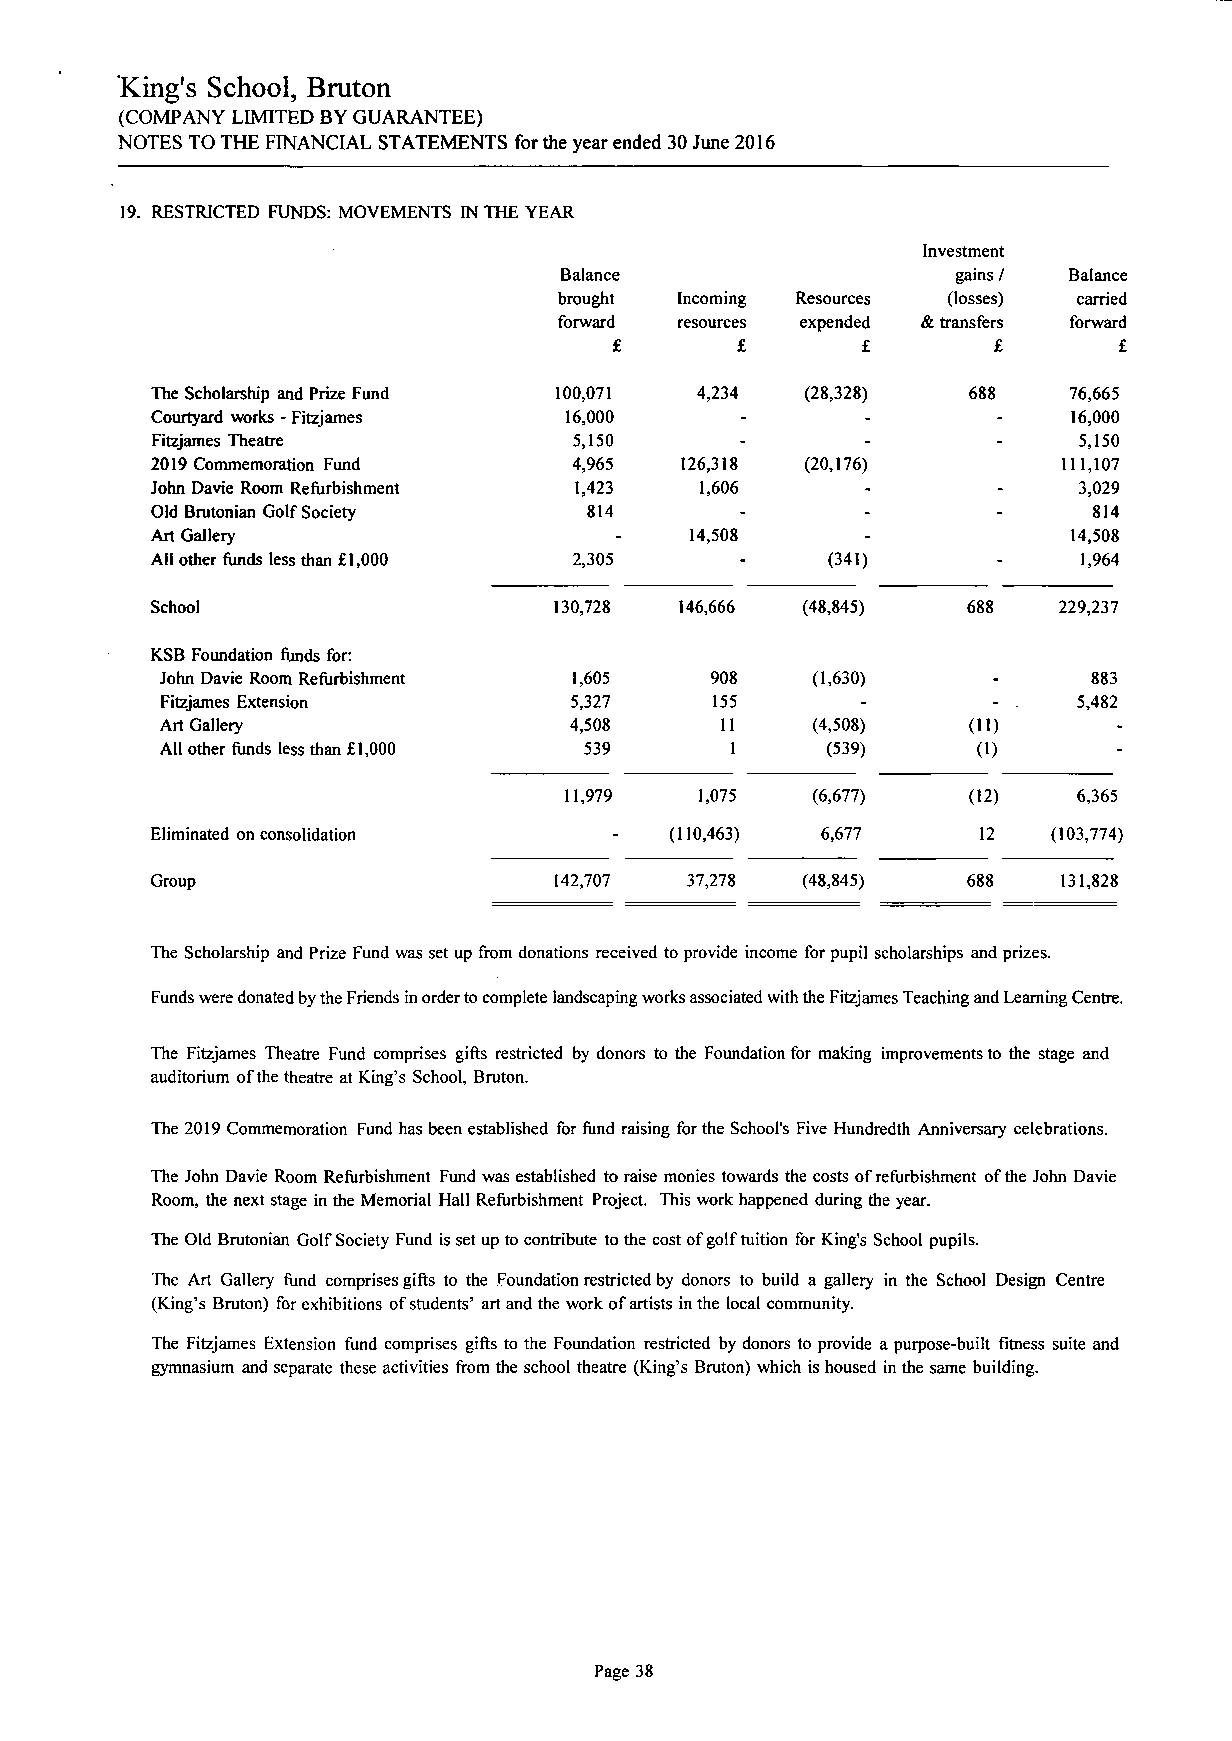
King's School, Bruton
 (COMPANY LIMITED BY GUARANTEE)
 NOTES TO THE FINANCIAL STATEMENTS for the year ended 30 June 2016
 19. RESTRICTED FUNDS: MOVEMENTS IN THE YEAR
 Investment
 Balance                   gains / Balance
 brought Incoming Resources (losses) carried
 forward resources expended & transfers forward
 £       £       £        £       £
 The Scholarship and Prize Fund 100,071 4,234 (28,328) 688    76,665
 Courtyard works - Fitzjames 16,000     -       -        -    16,000
 Fitzjames Theatre           5,150      -       -        -    5,150
 2019 Commemoration Fund     4,965  126,318 (20,176)         111,107
 John Davie Room Refurbishment 1,423 1,606      -        -    3,029
 Old Brutonian Golf Society   814       -       -        -     814
 Art Gallery                    -    14,508     -             14,508
 All other funds less than £1,000 2,305 -     (341)      -     1,964
 School                     130,728 146,666 (48,845)   688   229,237
 KSB Foundation funds for:
 John Davie Room Refurbishment 1,605 908    (1,630)     -     883
 Fitzjames Extension        5,327    155       -        - .  5,482
 Art Gallery                4,508     11    (4,508)   (11)      -
 All other funds less than £1,000 539 1      (539)     (1)      -
 11,979   1,075   (6,677)   (12)   6,365
 Eliminated on consolidation    -  (110,463) 6,677      12   (103,774)
 Group                      142,707 37,278  (48,845)   688   131,828
 The Scholarship and Prize Fund was set up from donations received to provide income for pupil scholarships and prizes.
 Funds were donated by the Friends in order to complete landscaping works associated with the Fitzjames Teaching and Learning Centre.
 The Fitzjames Theatre Fund comprises gifts restricted by donors to the Foundation for making improvements to the stage and
 auditorium of the theatre at King's School, Bruton.
 The 2019 Commemoration Fund has been established for fund raising for the School's Five Hundredth Anniversary celebrations.
 The John Davie Room Refurbishment Fund was established to raise monies towards the costs of refurbishment of the John Davie
 Room, the next stage in the Memorial Hall Refurbishment Project. This work happened during the year.
 The Old Brutonian Golf Society Fund is set up to contribute to the cost of golf tuition for King's School pupils.
 The Art Gallery fund comprises gifts to the Foundation restricted by donors to build a gallery in the School Design Centre
 (King's Bruton) for exhibitions of students' art and the work of artists in the local community.
 The Fitzjames Extension fund comprises gifts to the Foundation restricted by donors to provide a purpose-built fitness suite and
 gymnasium and separate these activities from the school theatre (King's Bruton) which is housed in the same building.
 Page 38